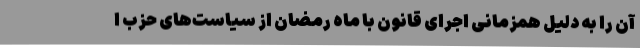
آن را به دلیل همزمانی اجرای قانون با ماه رمضان از سیاست‌های حزب ا